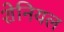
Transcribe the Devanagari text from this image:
शेनियल